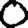
Digit: 0